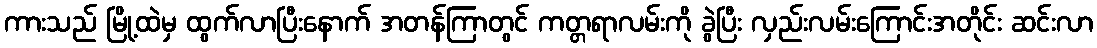
ကားသည် မြို့ထဲမှ ထွက်လာပြီးနောက် အတန်ကြာတွင် ကတ္တရာလမ်းကို ခွဲပြီး လှည်းလမ်းကြောင်းအတိုင်း ဆင်းလာ